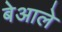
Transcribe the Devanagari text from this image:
बेआले